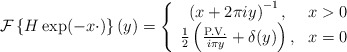
\begin{align*}\mathcal{F}\left\{H \exp(-x\cdot)\right\}(y) = \left\{\begin{array}{cl} \left(x+2\pi i y\right)^{-1}, & x>0\\ \frac{1}{2}\left(\frac{\textrm{P.V.}}{i \pi y} + \delta(y)\right), & x = 0 \end{array} \right.\end{align*}